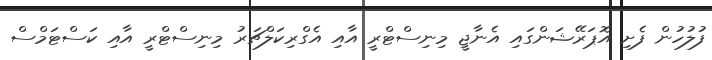
ފުލުހުން ފެށި އޮޕަރޭޝަންގައި އެނާޖީ މިނިސްޓްރީ އާއި އެގްރިކަލްޗަރު މިނިސްޓްރީ އާއި ކަސްޓަމްސް